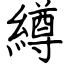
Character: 繜